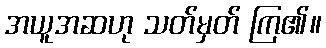
အယူအဆဟု သတ်မှတ် ကြ၏။